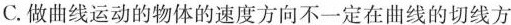
C.做曲线运动的物体的速度方向不一定在曲线的切线方